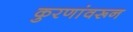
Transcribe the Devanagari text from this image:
कुरणांवरून